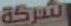
الشركة